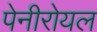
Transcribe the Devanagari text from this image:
पेनीरोयल